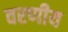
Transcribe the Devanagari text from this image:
वरणीय